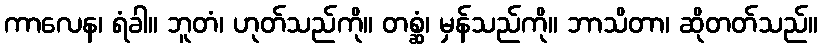
ကာလေန၊ ရံခါ။ ဘူတံ၊ ဟုတ်သည်ကို။ တစ္ဆံ၊ မှန်သည်ကို။ ဘာသိတာ၊ ဆိုတတ်သည်။